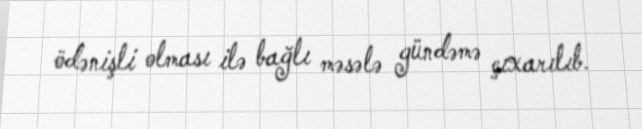
ödənişli olması ilə bağlı məsələ gündəmə çıxarılıb.